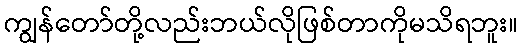
ကျွန်တော်တို့လည်းဘယ်လိုဖြစ်တာကိုမသိရဘူး။